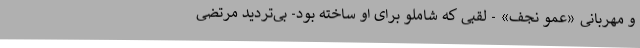
و مهربانیِ «عمو نجف» - لقبی که شاملو برای او ساخته بود- بی‌تردید مرتضی